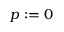
p : = 0